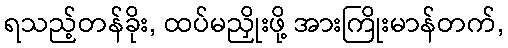
ရသည့်တန်ခိုး, ထပ်မညှိုးဖို့ အားကြိုးမာန်တက်,